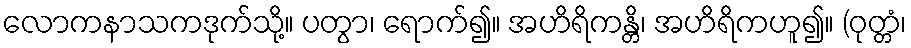
လောကနာသကဒုက်သို့။ ပတွာ၊ ရောက်၍။ အဟိရိကန္တိ၊ အဟိရိကဟူ၍။ (ဝုတ္တံ၊